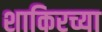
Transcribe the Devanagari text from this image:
शाकिरच्या